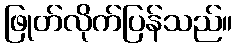
ဖြုတ်လိုက်ပြန်သည်။